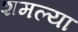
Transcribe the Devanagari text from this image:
शमल्या